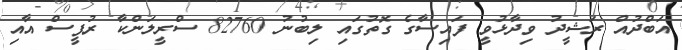
އަބްދުއް ރަޝީދު ވިދާޅުވީ ފައިސާގެ ގޮތުގައި ލިބުނު 82760 ސްރީލަންކާ ރުޕީސް އާއި